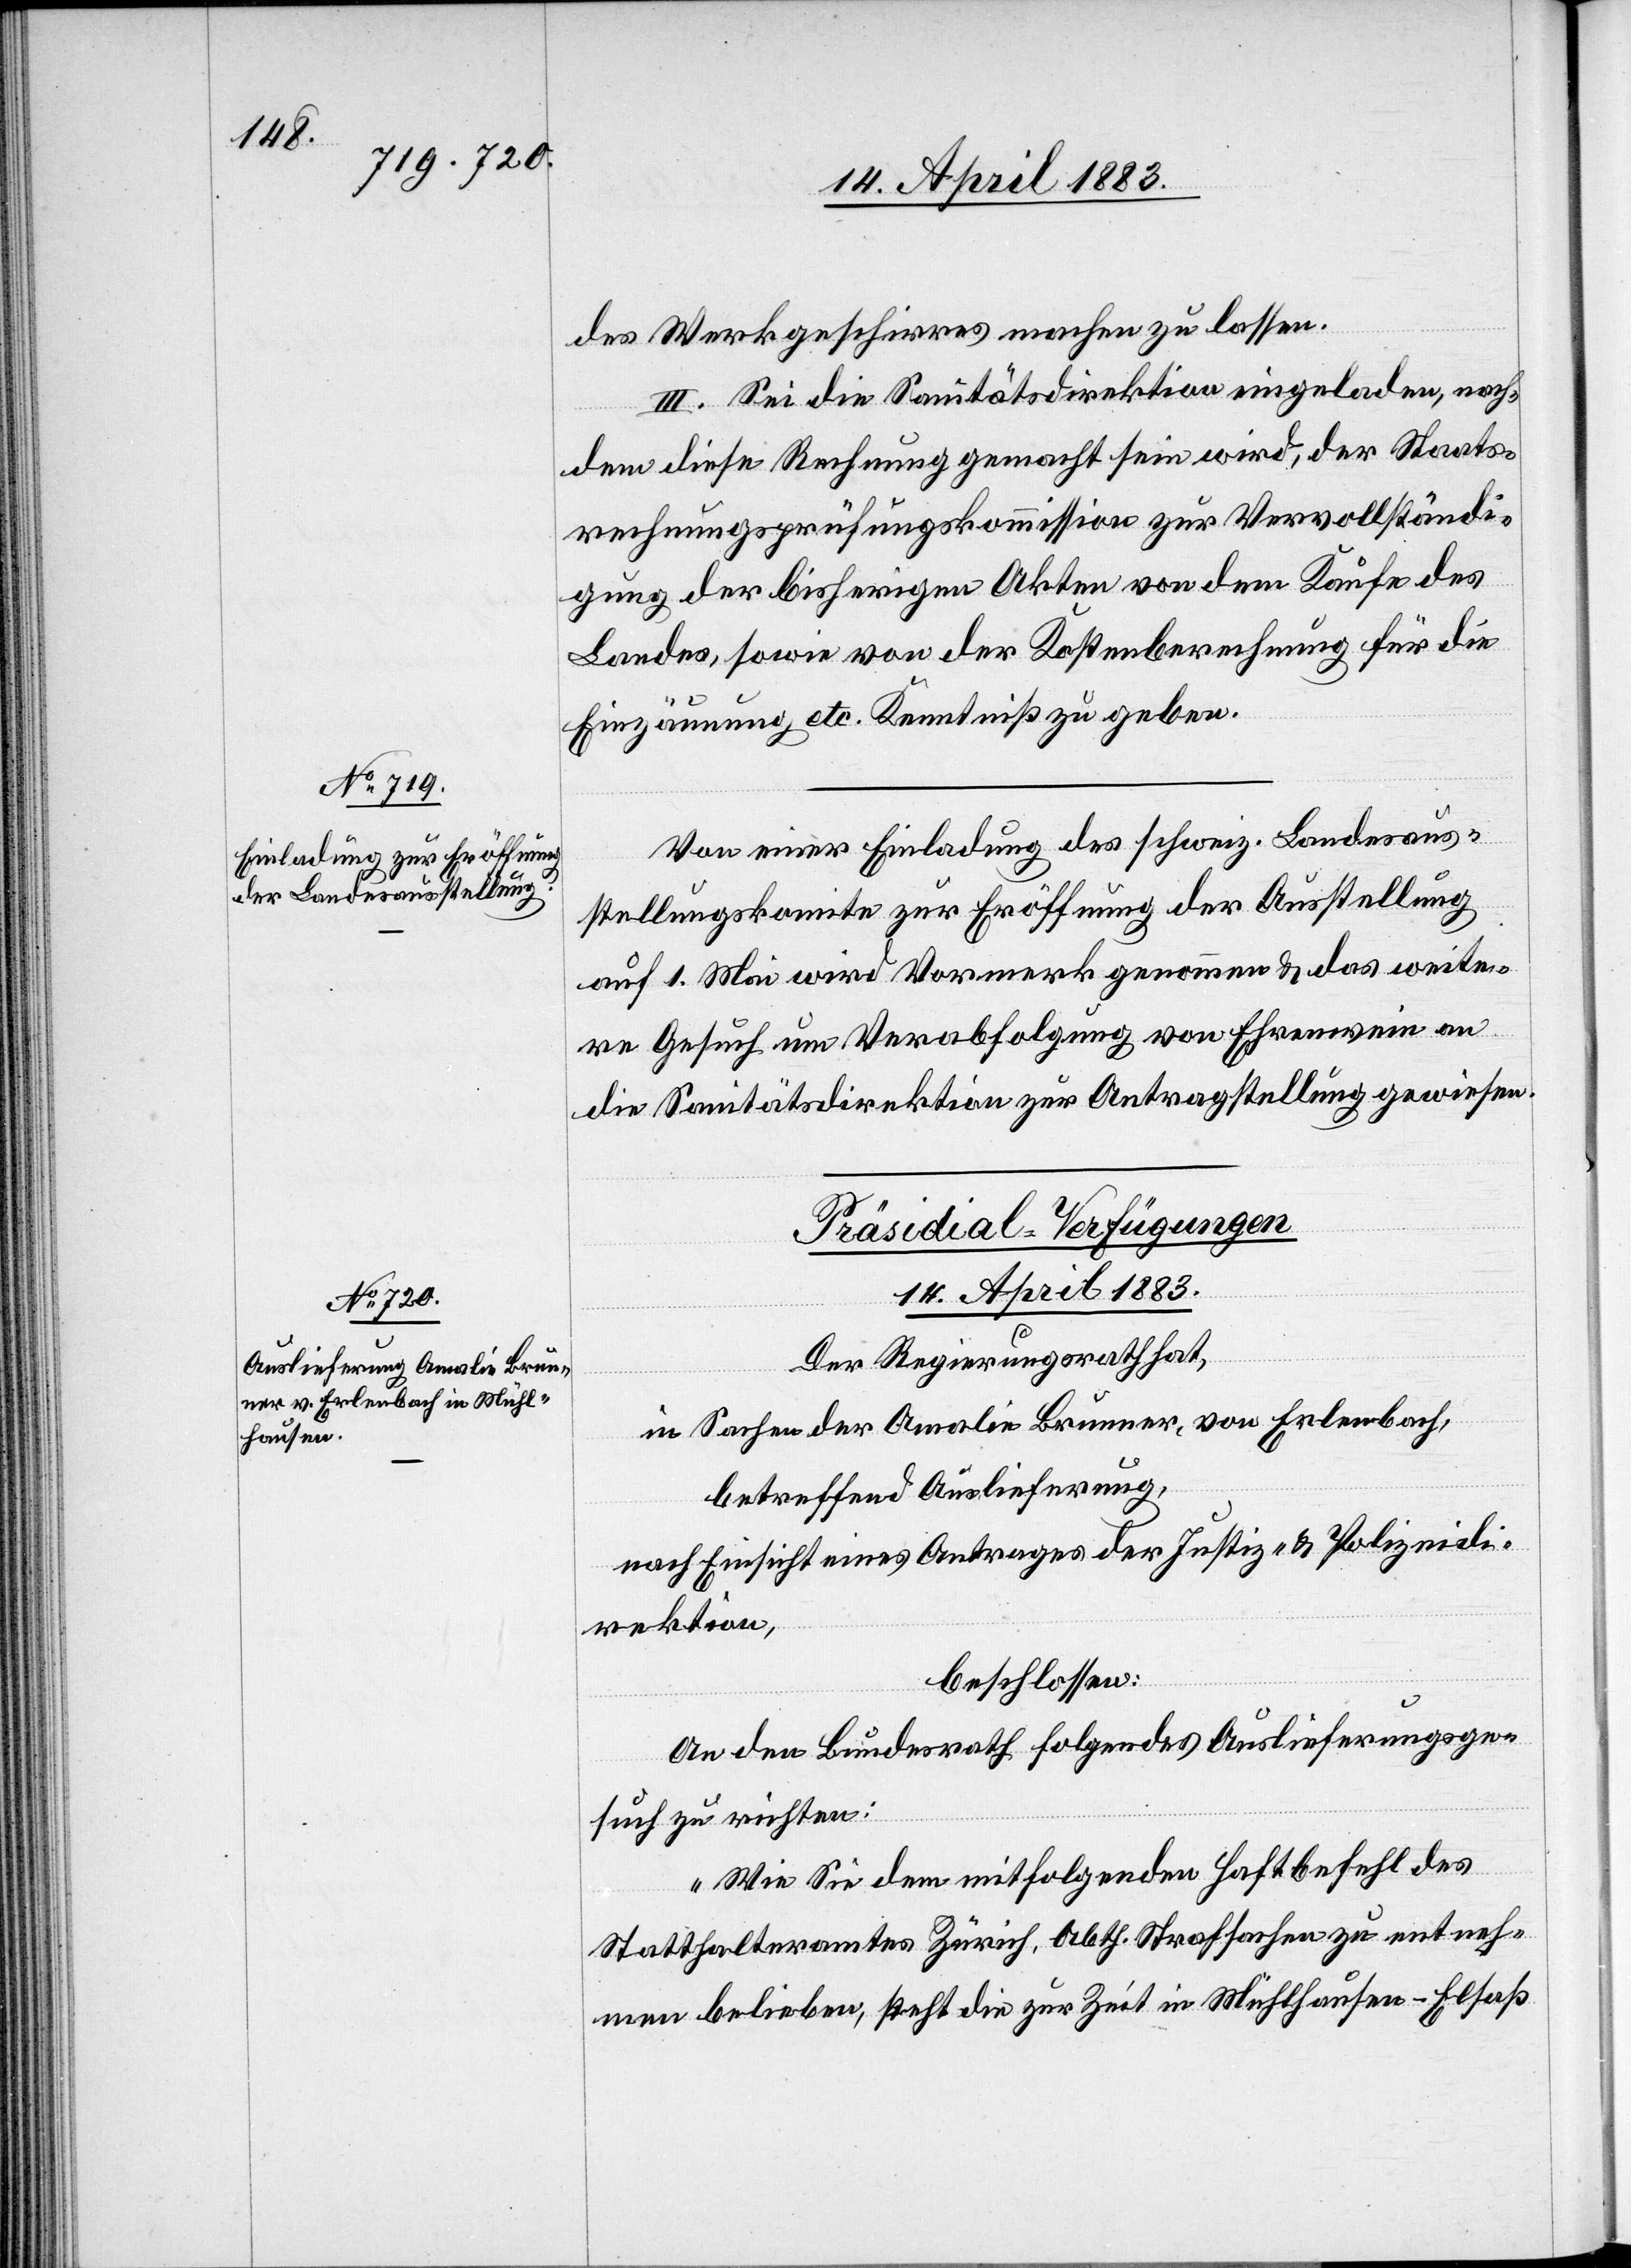
14. April 1883.
des Werkgeschirrs machen zu lassen.
III. Sei die Sanitätsdirektion eingeladen, nach¬
dem diese Rechnung gemacht sein wird, der Staats¬
rechnungsprüfungskommission zur Vervollständi¬
gung der bisherigen Akten von dem Kaufe des
Landes, sowie vor der Kostenberechnung für die
Einzäunung etc. Kenntniß zu geben.
Von einer Einladung des schweiz. Landesaus¬
stellungskomite zur Eröffnung der Ausstellung
auf 1. Mai wird Vormerk genommen & das weite¬
re Gesuch um Verabfolgung von Ehrenwein an
die Sanitätsdirektion zur Antragstellung gewiesen.
Präsidial-Verfügungen
Der Regierungsrath hat,
in Sachen der Amalie Brunner, von Erlenbach,
betreffend Auslieferung,
nach Einsicht eines Antrages der Justiz- & Polizeidi¬
rektion,
beschlossen:
An den Bundesrath folgendes Auslieferungsge¬
such zu richten:
„Wie Sie dem mitfolgenden Haftbefehl des
Statthalteramtes Zürich, Abth. Strafsachen zu entneh¬
men belieben, steht die zur Zeit in Mühlhausen - Elsaß